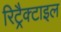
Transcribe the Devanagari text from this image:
रिट्रैक्टाइल